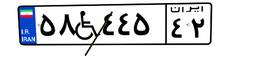
۹۲W۹۲۹۳۵